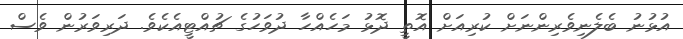
އުޅުނު ބެލެނިވެރިންނަށް ކުރިއަށް އޮތީ ދޮޅު މަހެއްހާ ދުވަހުގެ ޗުއްޓީއެކެވެ. ދަރިވަރުން ވެސް